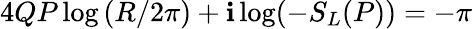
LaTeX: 4QP\log\left(R/2\pi\right)+\mathbf{i}\log(-S_{L}(P))=-\pi